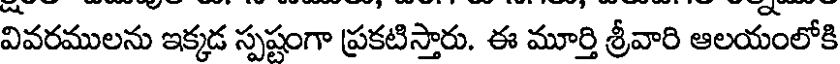
వివరములను ఇక్కడ స్పష్టంగా ప్రకటిస్తారు. ఈ మూర్తి శ్రీవారి ఆలయంలోకి